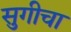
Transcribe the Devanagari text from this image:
सुगीचा